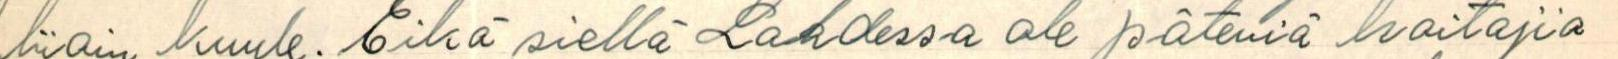
liioin kuule. Eikä siellä Lahdessa ole päteviä hoitajia